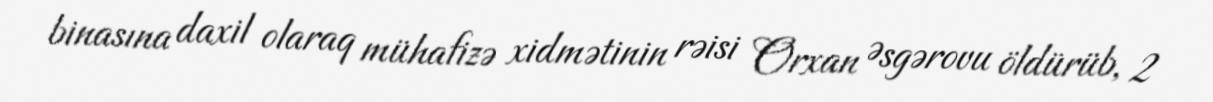
binasına daxil olaraq mühafizə xidmətinin rəisi Orxan Əsgərovu öldürüb, 2